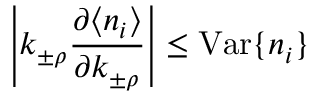
\left| k _ { \pm \rho } \frac { \partial \langle n _ { i } \rangle } { \partial k _ { \pm \rho } } \right| \leq \mathrm { V a r } \{ n _ { i } \}